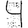
Digit: 4